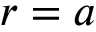
r = a